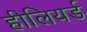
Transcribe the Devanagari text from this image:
हीलियर्ड